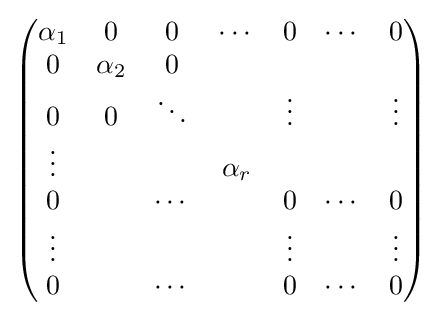
{\begin{pmatrix}\alpha _{1}&0&0&\cdots &0&\cdots &0\\0&\alpha _{2}&0&&&&\\0&0&\ddots &&\vdots &&\vdots \\\vdots &&&\alpha _{r}&&&\\0&&\cdots &&0&\cdots &0\\\vdots &&&&\vdots &&\vdots \\0&&\cdots &&0&\cdots &0\end{pmatrix}}